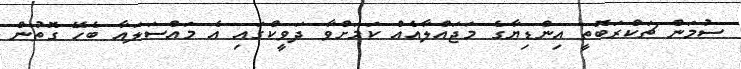
ސުމަން ޗަކްރަބޮތީ އިންޑިޔާގެ މަޖައްލާއެއް ކަމަށްވާ ދަވީކްގައި އެ މައްސަލައާ ބެހޭ ގޮތުން